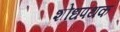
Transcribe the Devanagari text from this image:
शोधपथक